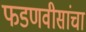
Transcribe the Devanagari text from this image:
फडणवीसांचा